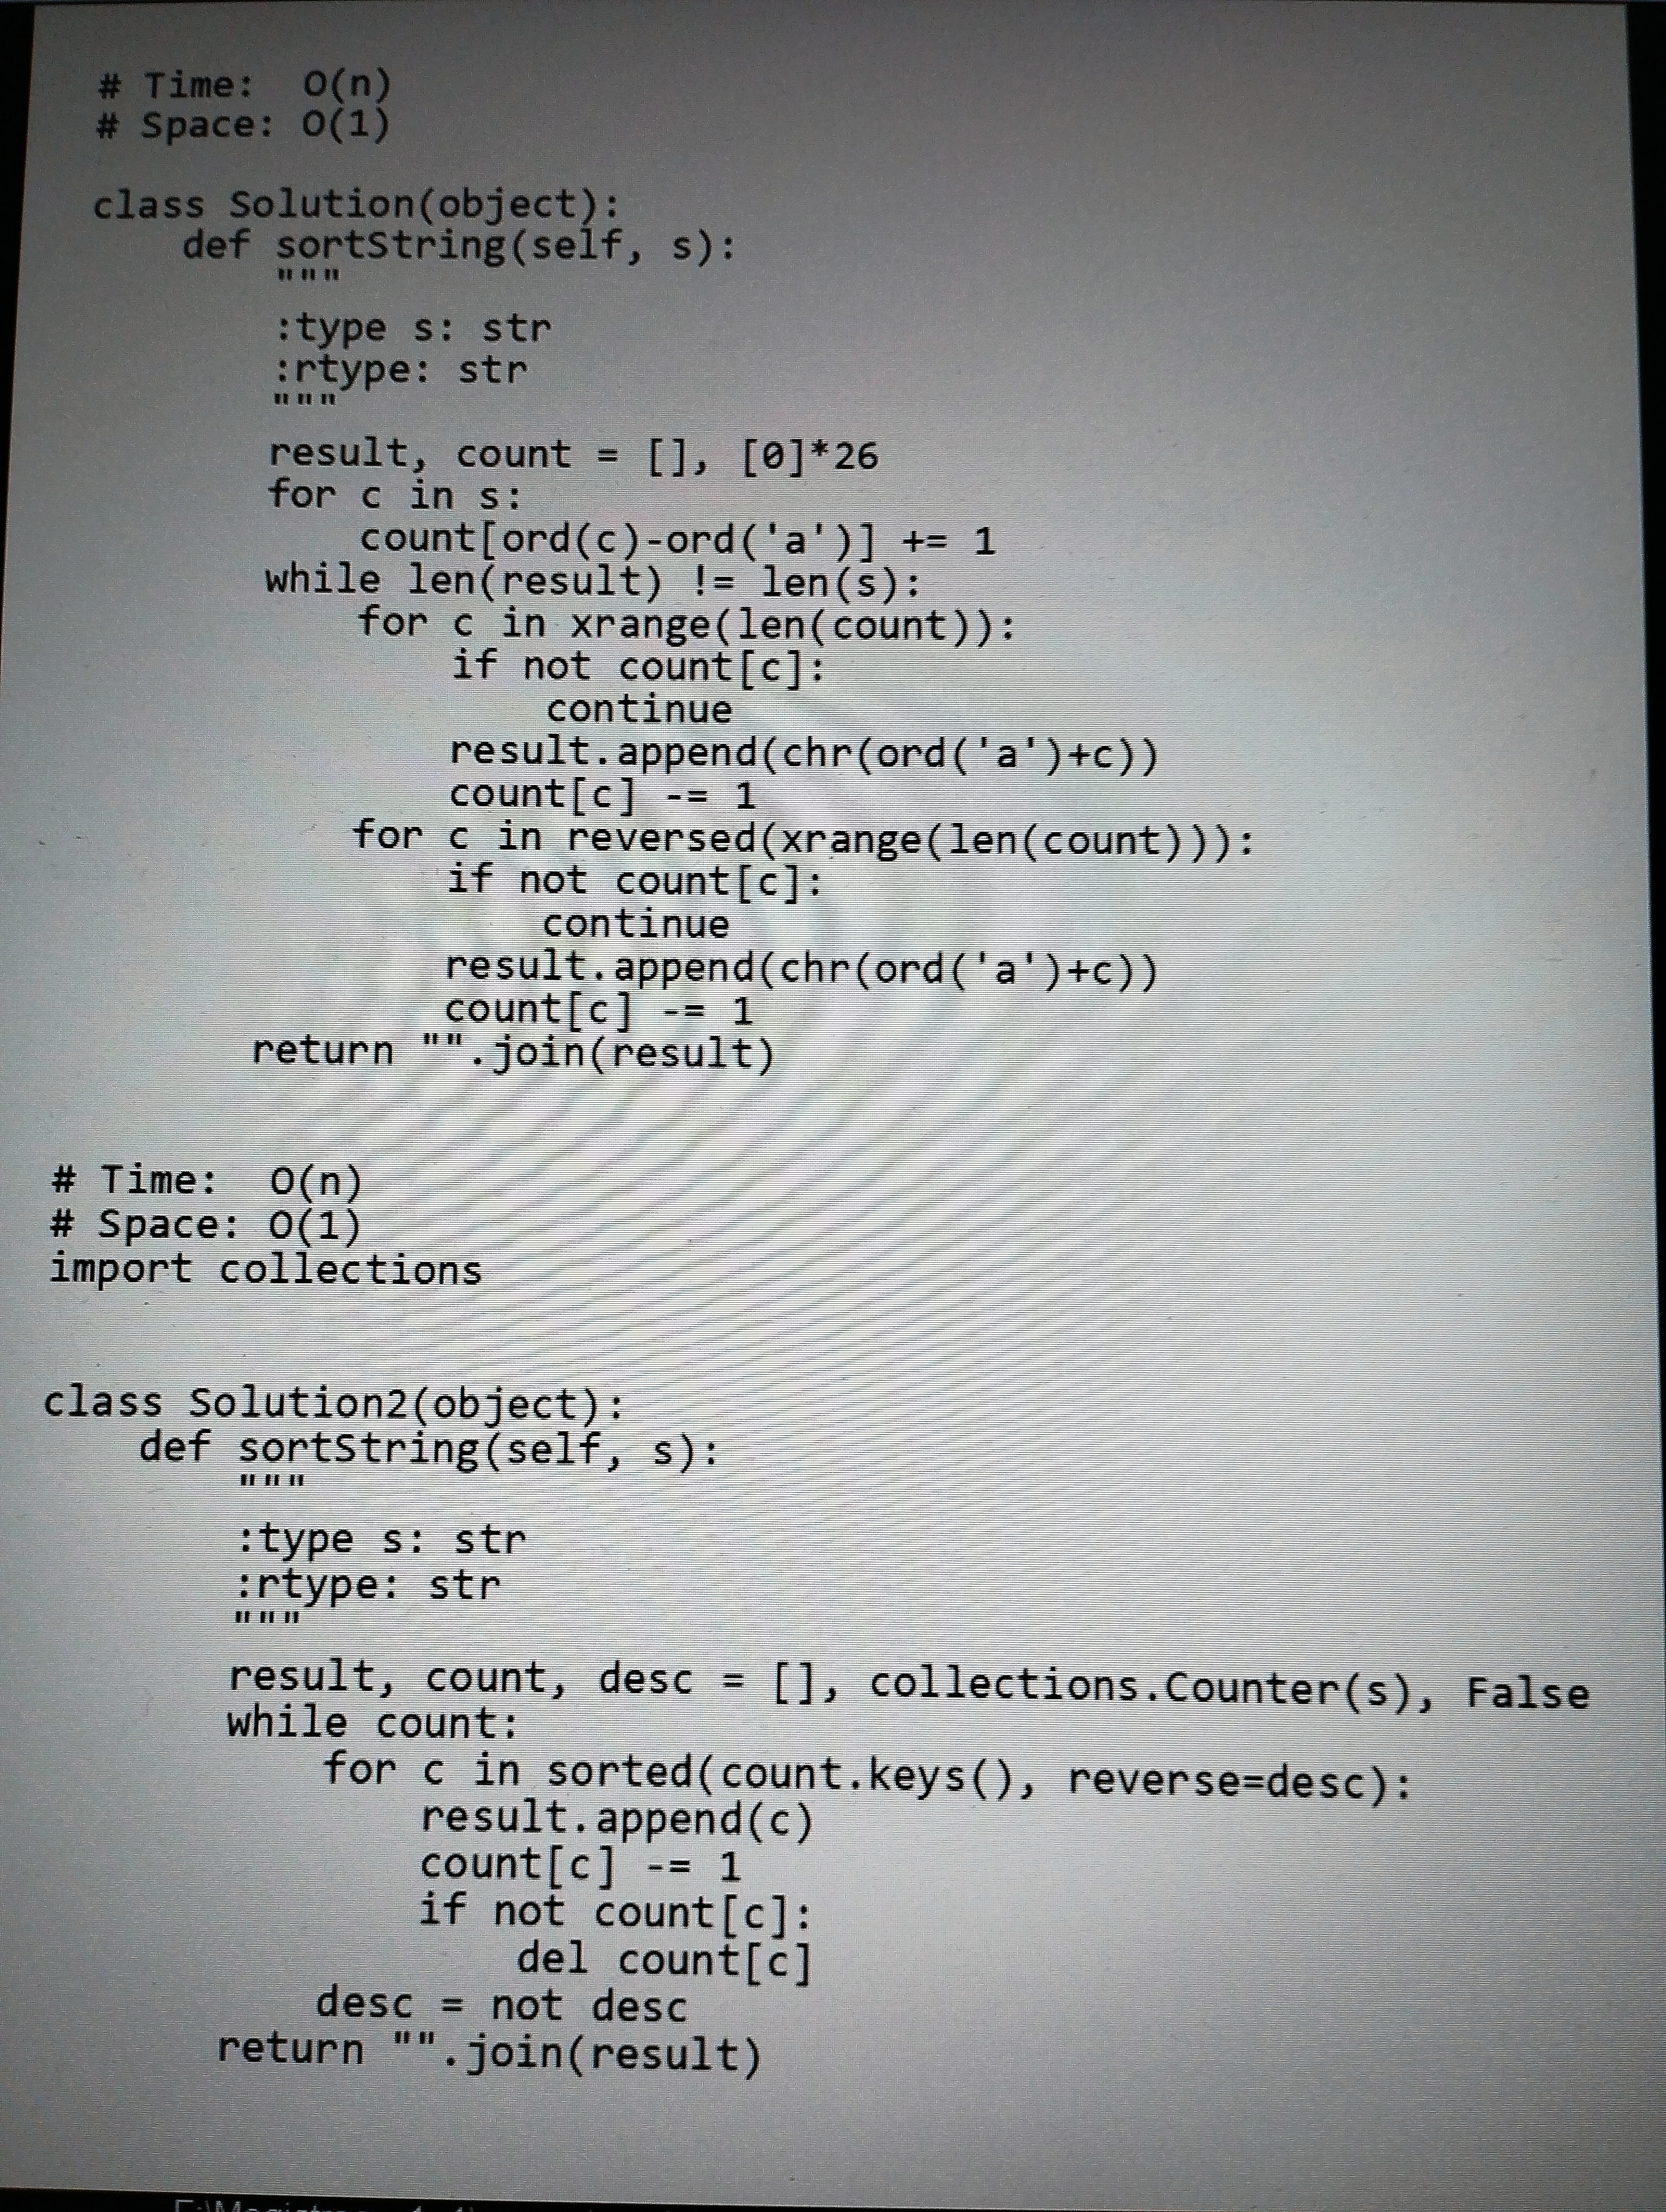
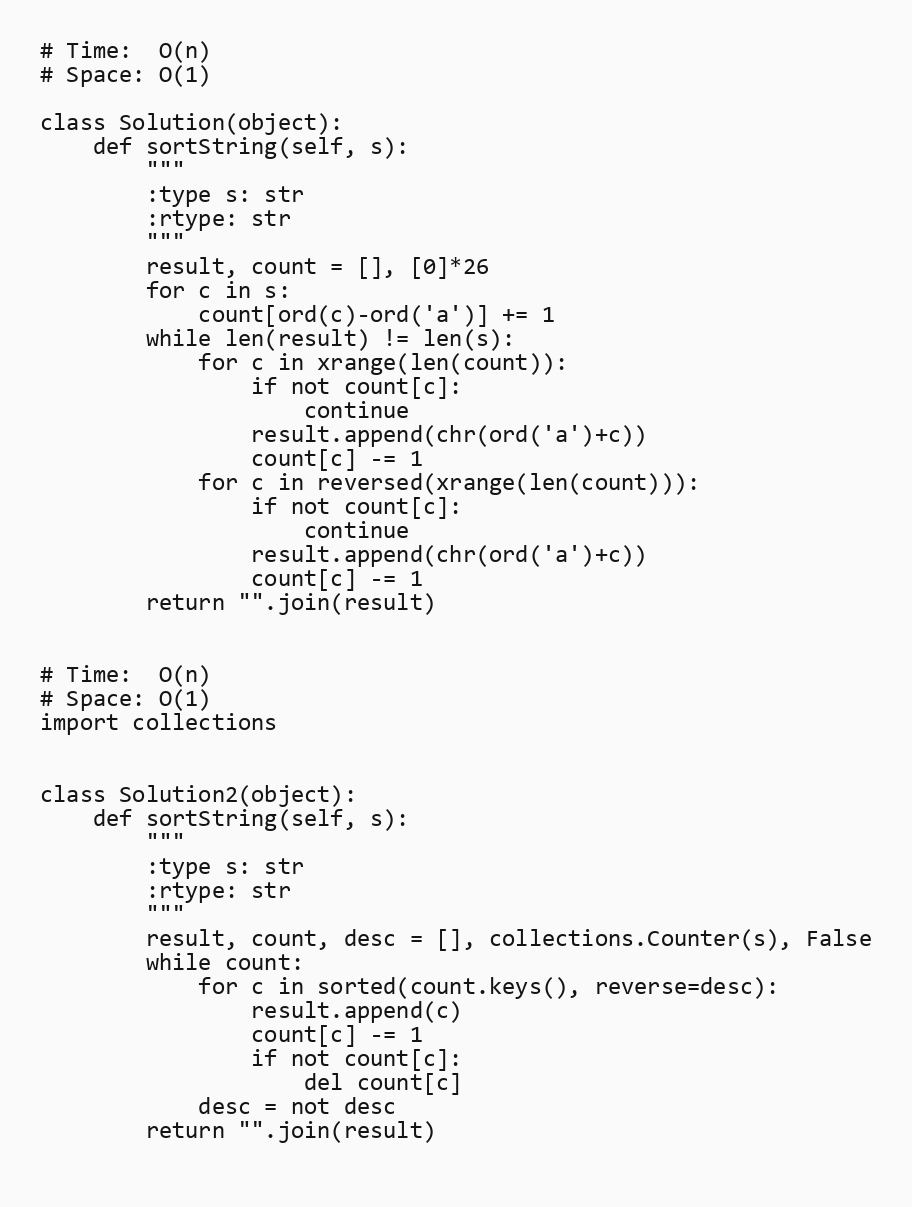
# Time:  O(n)
# Space: O(1)

class Solution(object):
    def sortString(self, s):
        """
        :type s: str
        :rtype: str
        """
        result, count = [], [0]*26
        for c in s:
            count[ord(c)-ord('a')] += 1
        while len(result) != len(s):
            for c in xrange(len(count)):
                if not count[c]:
                    continue
                result.append(chr(ord('a')+c))
                count[c] -= 1
            for c in reversed(xrange(len(count))):
                if not count[c]:
                    continue
                result.append(chr(ord('a')+c))
                count[c] -= 1
        return "".join(result)

# Time:  O(n)
# Space: O(1)
import collections

class Solution2(object):
    def sortString(self, s):
        """
        :type s: str
        :rtype: str
        """
        result, count, desc = [], collections.Counter(s), False
        while count:
            for c in sorted(count.keys(), reverse=desc):
                result.append(c)
                count[c] -= 1
                if not count[c]:
                    del count[c]
            desc = not desc
        return "".join(result)